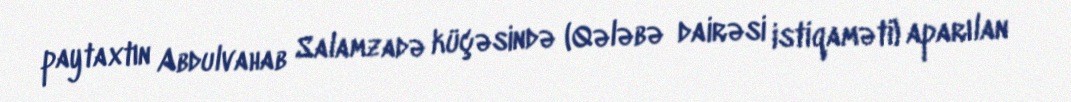
paytaxtın Abdulvahab Salamzadə küçəsində (Qələbə dairəsi istiqaməti) aparılan